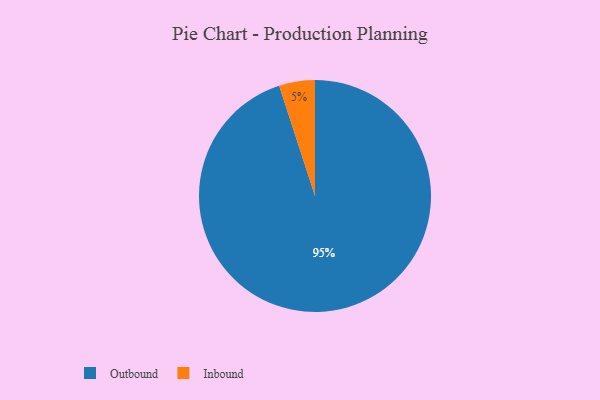
{"axis": {"x": "Category", "y": "Percentage"}, "legend": ["Inbound", "Outbound"], "data": [{"x": "Outbound", "y": 95, "type": "Outbound"}, {"x": "Inbound", "y": 5, "type": "Inbound"}]}